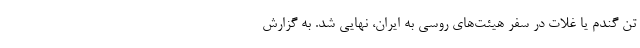
تن گندم یا غلات در سفر هیئت‌های روسی به ایران، نهایی شد. به گزارش